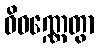
ဝိဝဏ္ဏေတွာ